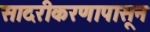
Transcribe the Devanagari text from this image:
सादरीकरणापासून